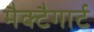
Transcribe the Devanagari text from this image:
मैक्टैगार्ट